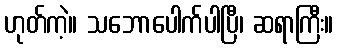
ဟုတ်ကဲ့။ သဘောပေါက်ပါပြီ၊ ဆရာကြီး။